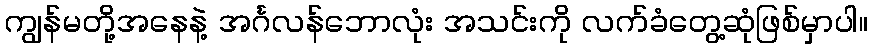
ကျွန်မတို့အနေနဲ့ အင်္ဂလန်ဘောလုံး အသင်းကို လက်ခံတွေ့ဆုံဖြစ်မှာပါ။